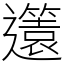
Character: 𨘻